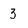
Character: 3